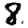
Digit: 8